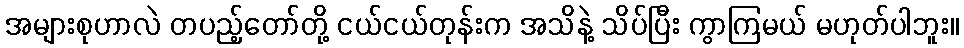
အများစုဟာလဲ တပည့်တော်တို့ ငယ်ငယ်တုန်းက အသိနဲ့ သိပ်ပြီး ကွာကြမယ် မဟုတ်ပါဘူး။